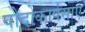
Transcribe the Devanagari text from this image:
पोदोकार्पसाए